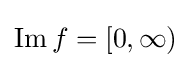
\operatorname {Im} f=[0,\infty )